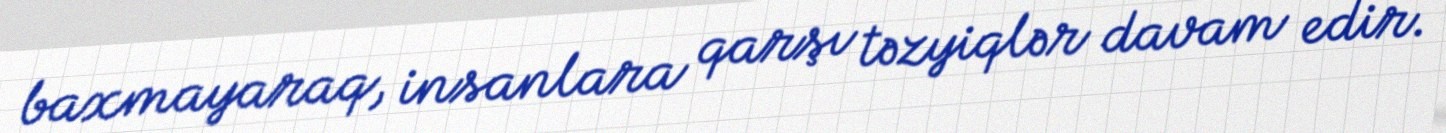
baxmayaraq, insanlara qarşı təzyiqlər davam edir.